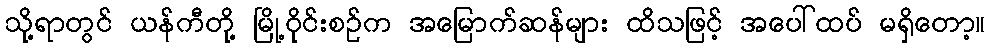
သို့ရာတွင် ယန်ကီတို့ မြို့ဝိုင်းစဉ်က အမြောက်ဆန်များ ထိသဖြင့် အပေါ်ထပ် မရှိတော့။